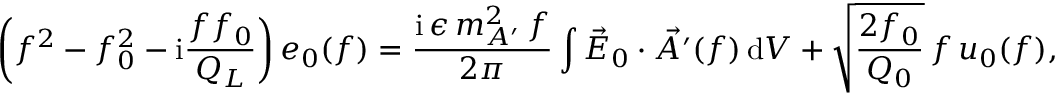
\left( f ^ { 2 } - f _ { 0 } ^ { 2 } - \mathrm { i } \frac { f f _ { 0 } } { Q _ { L } } \right) e _ { 0 } ( f ) = \frac { \mathrm { i } \, \epsilon \, m _ { A ^ { \prime } } ^ { 2 } \, f } { 2 \pi } \int \vec { E } _ { 0 } \cdot \vec { A ^ { \prime } } ( f ) \, \mathrm { d } V + \sqrt { \frac { 2 f _ { 0 } } { Q _ { 0 } } } \, f \, { u } _ { 0 } ( f ) ,